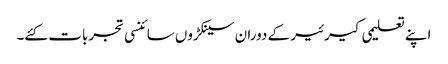
اپنے تعلیمی کیرئیر کے دوران سینکڑوں سائنسی تجربات کئے۔